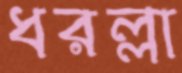
ধরল্লা